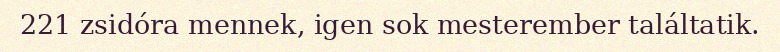
221 zsidóra mennek, igen sok mesterember találtatik.